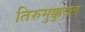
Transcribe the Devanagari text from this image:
तिरुमुक्कुदल